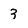
Character: 3